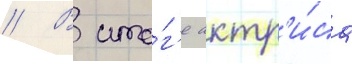
// В ито́г'е актр'и́са